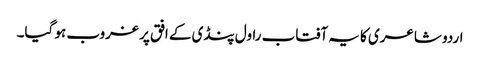
اردو شاعری کا یہ آفتاب راول پنڈی کے افق پر غروب ہو گیا۔